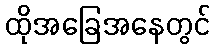
ထိုအခြေအနေတွင်